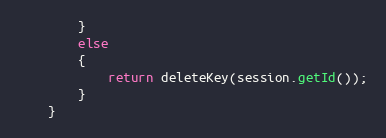
Language: Java
        }
        else
        {
            return deleteKey(session.getId());
        }
    }